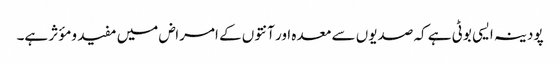
پودینہ ایسی بوٹی ہے کہ صدیوں سے معدہ اور آنتوں کے امراض میں مفید ومؤثر ہے۔